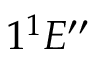
1 ^ { 1 } E _ { } ^ { \prime \prime }